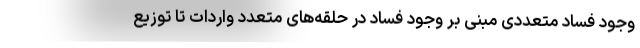
وجود فساد متعددی مبنی بر وجود فساد در حلقه‌های متعدد واردات تا توزیع